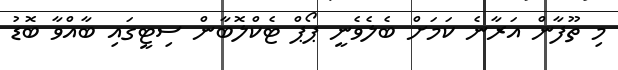
މި ތޫފާން އަރާނެ ކަމަށް ބެލެވެނީ ޕޯޕް ޓެކްލޮބާން ސިޓީގައި ބާއްވާ ބޮޑު